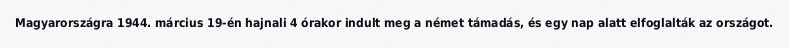
Magyarországra 1944. március 19-én hajnali 4 órakor indult meg a német támadás, és egy nap alatt elfoglalták az országot.